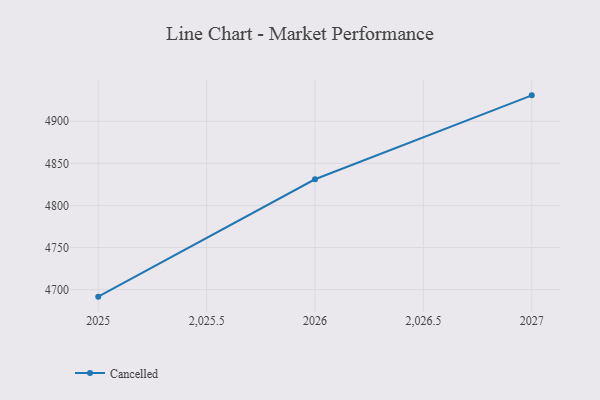
{"axis": {"x": "Year", "y": "Backlog"}, "legend": ["Cancelled"], "data": [{"x": "2025", "y": 4691.6, "type": "Cancelled"}, {"x": "2026", "y": 4831.1, "type": "Cancelled"}, {"x": "2027", "y": 4930.8, "type": "Cancelled"}]}